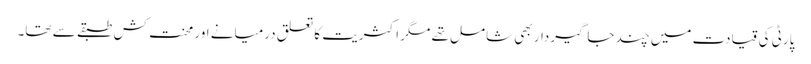
پارٹی کی قیادت میں چند جاگیردار بھی شامل تھے مگر اکثریت کا تعلق درمیانے اور محنت کش طبقے سے تھا۔